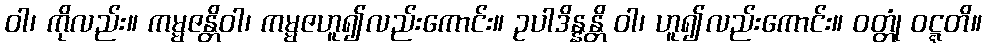
ဝါ၊ ကိုလည်း။ ကမ္မဇန္တိဝါ၊ ကမ္မဇဟူ၍လည်းကောင်း။ ဥပါဒိန္နန္တိ ဝါ၊ ဟူ၍လည်းကောင်း။ ဝတ္တုံ ဝဋ္ဋတိ။